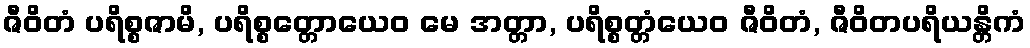
ဇီဝိတံ ပရိစ္စဇာမိ, ပရိစ္စတ္တောယေဝ မေ အတ္တာ, ပရိစ္စတ္တံယေဝ ဇီဝိတံ, ဇီဝိတပရိယန္တိကံ